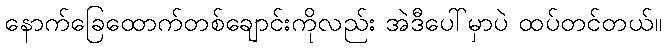
နောက်ခြေထောက်တစ်ချောင်းကိုလည်း အဲဒီပေါ်မှာပဲ ထပ်တင်တယ်။